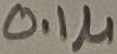
Text: 0.1µ